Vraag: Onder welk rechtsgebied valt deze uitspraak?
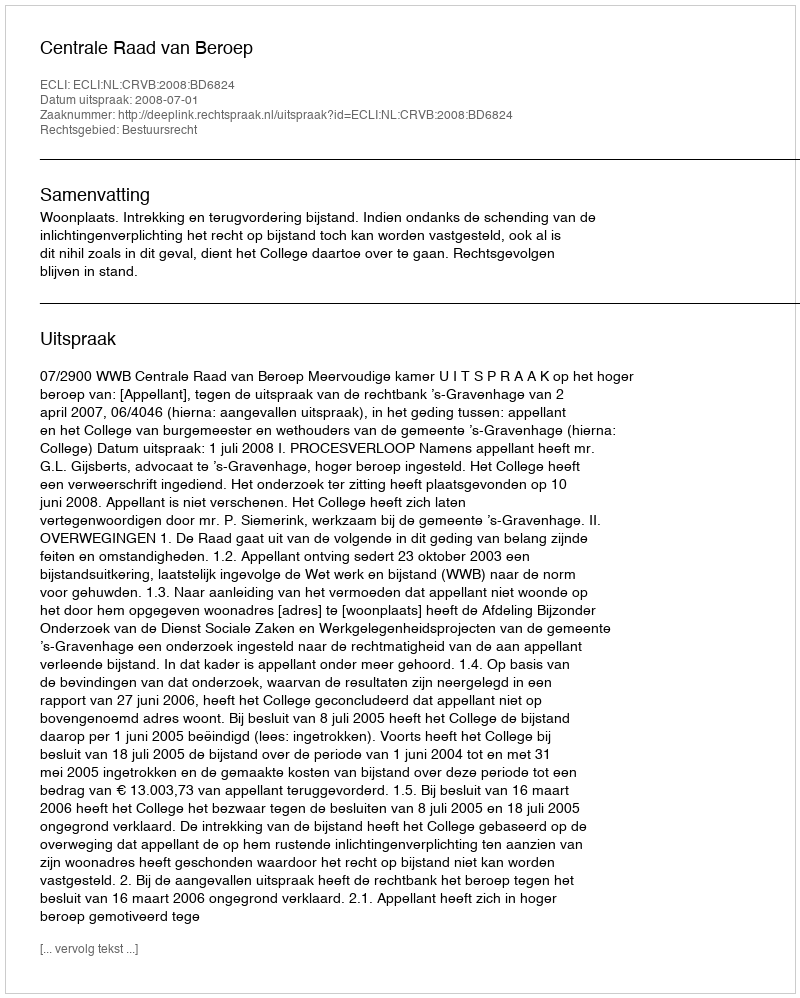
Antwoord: Bestuursrecht